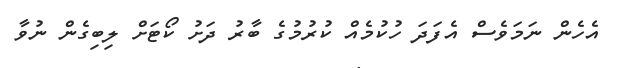
އެހެން ނަމަވެސް އެފަަދަ ހުކުމެއް ކުރުމުގެ ބާރު ދަށު ކޯޓަށް ލިބިގެން ނުވާ